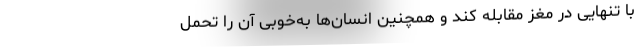
با تنهایی در مغز مقابله کند و همچنین انسان‌ها به‌خوبی آن را تحمل